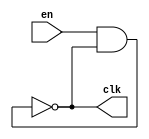
`timescale 1ps/1ps
module ring_osil(en,clk);
	input en;
	output clk;
	parameter N = 3;
	parameter D = 1;
	wire [0 : 2*N-1]w ;
	genvar i;
	generate
		for (i = 0; i < 2*N-1; i = i + 1) begin 
			 not#(D)X(w[i+1],w[i]);
		end
	endgenerate
	assign w[0] = en & w[2*N-1];
	assign clk = w[2*N-1];

endmodule